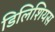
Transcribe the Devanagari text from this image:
डिलिशियस